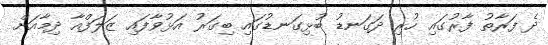
ދެ ފަރާތު ފާރުގައި ހުރި ދަގަނޑު ބުޅިގަނޑުގައި ބިގަރު އަޅުވާފައި ޒަލަފްއާ ދިމާއަށް